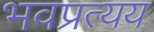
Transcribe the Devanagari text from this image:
भवप्रत्यय